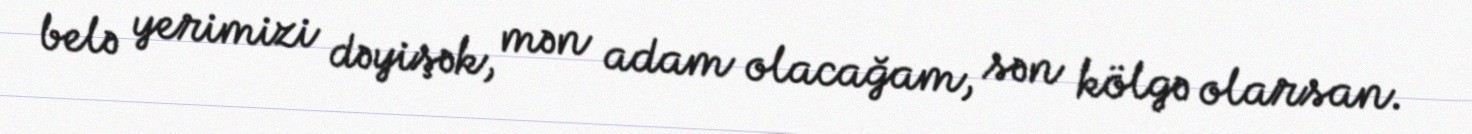
belə yerimizi dəyişək, mən adam olacağam, sən kölgə olarsan.